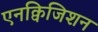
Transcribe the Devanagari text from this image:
एनक्विजिशन